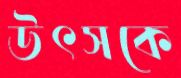
উৎসকে